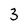
Character: 3